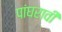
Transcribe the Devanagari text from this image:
पांघरावी